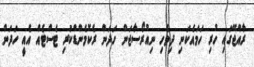
ރާއްޖޭގައި ހުރި ހަމައެކަނި ދިވެހި ނިއުރޯސާޖަން ހަދަން ރެކޮމެންޑްކުރި ޓެސްޓެއް އެއީ ހަދަން